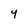
Character: Y